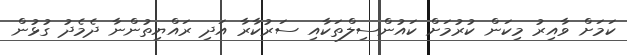
ކަމަށް ވާއިރު މިކަން ކުރުމަށް ކައުންސިލްތަކާއި ސަރުކާރާ އަދި ރައްޔިތުންނާ ދެމެދު ގުޅުން